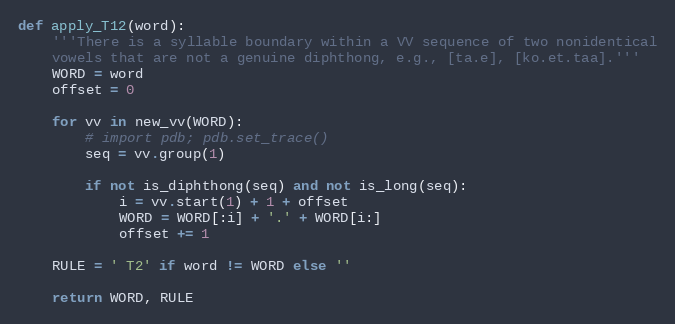
Language: Python
def apply_T12(word):
    '''There is a syllable boundary within a VV sequence of two nonidentical
    vowels that are not a genuine diphthong, e.g., [ta.e], [ko.et.taa].'''
    WORD = word
    offset = 0

    for vv in new_vv(WORD):
        # import pdb; pdb.set_trace()
        seq = vv.group(1)

        if not is_diphthong(seq) and not is_long(seq):
            i = vv.start(1) + 1 + offset
            WORD = WORD[:i] + '.' + WORD[i:]
            offset += 1

    RULE = ' T2' if word != WORD else ''

    return WORD, RULE